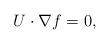
LaTeX: \begin{align*}U\cdot \nabla f=0, \end{align*}